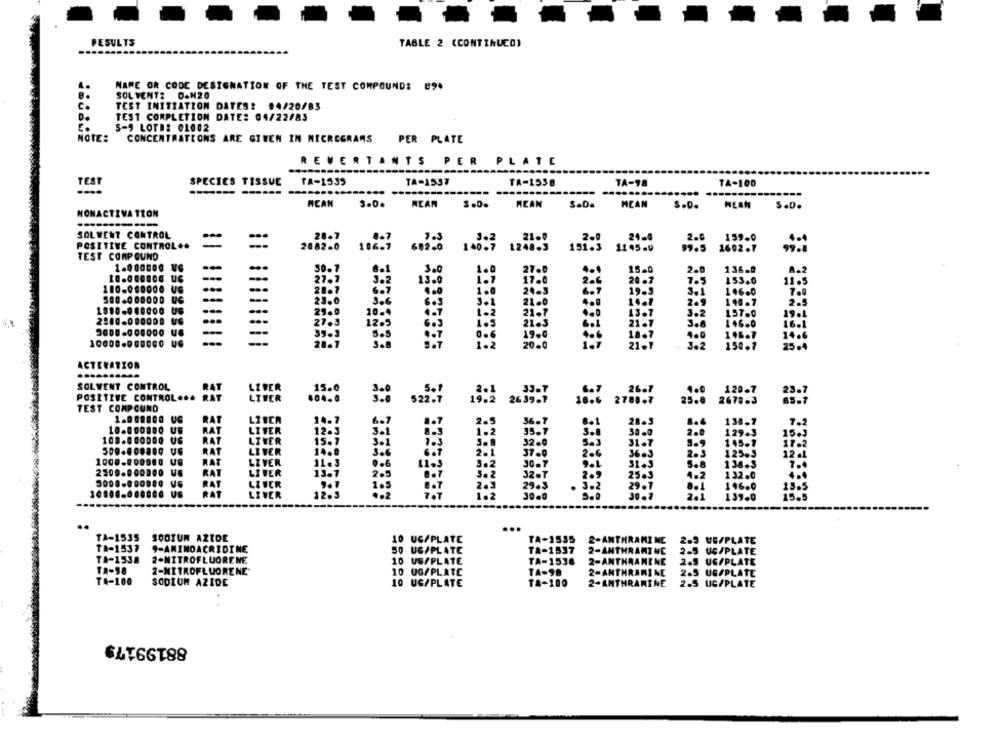
RESULTS
TABLE 2 (CONTINUED)
NARE OR CODE DESIGNATION OF THE TEST COMPOUND: E9.
SOL VENT: D.H20
c .
TEST INITIATION DATES: #4/20/83
TEST COMPLETION DATE: 04/22/83
S-9 LOTE: 01002
NOTE:
CONCENTRATIONS ARE GIVEN IN MICROGRAMS
PER PLATE
REVERTANTS PER PLATE
TEST
SPECIES TISSUE
TA-1535
TA-1537
TA-1538
TA-98
TA-100
--
.......
....
MEAN
REAN
MEAN
MEAN
s.D.
HEAN
S.D.
NONACTIVA 11ON
SOLVENT CONTROL
28-7
8.7
1.3
J.2
21.0
2.0
24-4
2.0
159-0
POSITIVE CONTROLO
-
--
2082.0
106-7
682.0
140.7
1248-3
151.3
11 45-9
99.5
1602.1
TEST COMPOUND
1.000000 UG
..
30.7
6.1
3.0
1.0
-.
27.0
4.0
15.0
2.0
136-0
8.2
--
3.2
13.0
1.7
17.0
2.6
20-7
7.5
153.0
11.5
1.0.0.000. UG
28.7
6.7
4.0
1.0
24.3
6.7
19.3
3.1
146.0
-
23.0
3.6
6.3
3.1
21.0
4.9
14.1
2.9
140.7
2.
19.0.000000 UC
10.4
4-7
1-2
21-7
13.7
3.2
157.0
2.001000000 16
..
29.0
19.
27.3
6.3
1.5
21.3
6.1
21.7
3.8
146.0
16.1
-
--
39.3
19.0
18.7
146.7
--
5.5
0.6
14.6
10000.000000 U.
20.0
1.1
21.1
150.7
25.4
ACTENATION
SOLVENT CONTROL
LIVER
15.0
26.7
129.
23.7
POSITIVE CONTROL ***
BAT
LIVER
2639.9
16.6
2788.7
25.8
2678.3
85.7
TEST COMPOUND
$22.7
LITER
14.7
36.7
28-3
130
7.
10.000000 US
RAT
LI VER
6 . 7
2.
129.3
RAT
12-3
3.8
30.0
2.0
15.5
100.000000 US
LIVER
15.7
32.0
31.7
8.9
145.1
RAT
LI VER
14.8
37.6
2.6
36.3
125.3
1000.000000
RAT
LIVER
3.6
1221
11.3
0.6
3.2
36.7
136.5
2500.000000 V6
RAT
LIVER
13.1
RAT
LIVER
1.2
2.9
25.3
1.2
132.0
29.5
. :
29.7
146.0
10.00.6 .... 0 US
RAT
LIVER
1.2
139.0
..
TA-1535
SODIUM AZIDE
10 UG/PLATE
TA-1535
2-ANTHRAMI NC
2.5
UE/PLATE
Th-1537
9-AMINOACRIDINE
50 UG/PLATE
TA-1537
2-ANTHRAMINC
2-5
UÇ/PLATE
TA-1538
2-NITROFLUORENE
10 US/PLATE
TA-1538
2-ANTHRAMENE
2.5
UG/PLATE
TA-98
2-NITROFLUORENE
10 0G/PLATE
TA-98
2-ANTHRAMINE
2.5 UG/PLATE
TA-100
SODIUM AZIDE
10 UG/PLATE
TA-100
2-ANTHRAMINE
2.5 US/PLATE
88199179